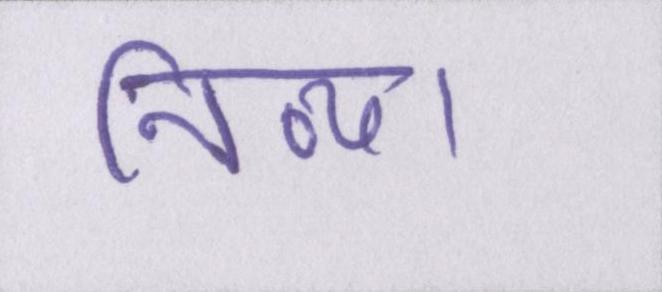
निव्या